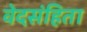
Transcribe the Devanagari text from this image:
वेदसंहिता